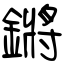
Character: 鏘